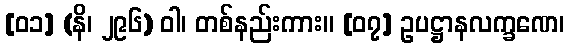
[၀၁] (နိ၊ ၂၉၆) ဝါ၊ တစ်နည်းကား။ [၀၇] ဥပဋ္ဌာနလက္ခဏေ၊